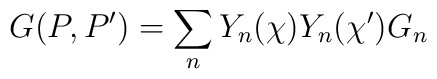
G(P,P')=\sum_n Y_n(\chi )Y_n(\chi ')G_n